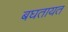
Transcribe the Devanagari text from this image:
बघतायत